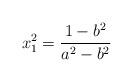
LaTeX: \begin{align*}x_{1}^{2}=\dfrac{1-b^{2}}{a^{2}-b^{2}} \end{align*}